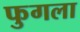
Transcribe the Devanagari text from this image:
फुगला